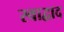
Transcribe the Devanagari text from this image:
स्वाद्वाद